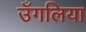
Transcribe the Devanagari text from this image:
उँगलिया